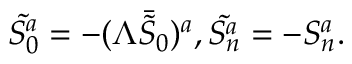
\tilde { S _ { 0 } ^ { a } } = - ( \Lambda \bar { \tilde { S } _ { 0 } } ) ^ { a } , \tilde { S _ { n } ^ { a } } = - S _ { n } ^ { a } .